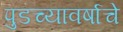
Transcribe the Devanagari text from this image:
पुडच्यावर्षाचे